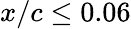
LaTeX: x/c\leq 0.06